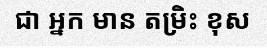
ជា ឣ្នក មាន តម្រិះ ខុស